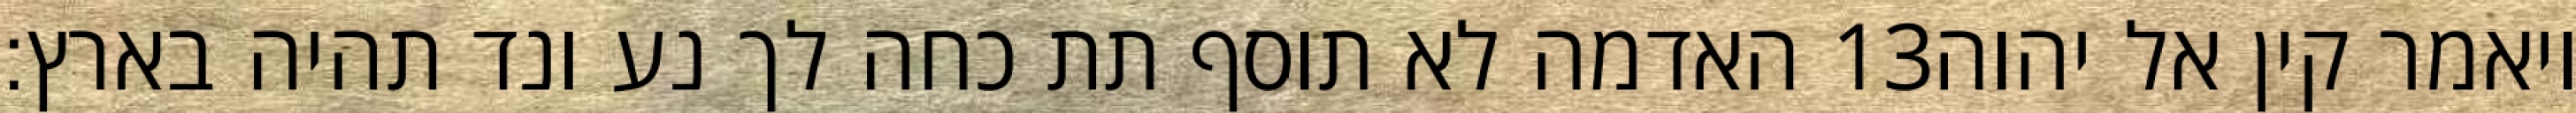
האדמה לא תוסף תת כחה לך נע ונד תהיה בארץ׃ ‎13‏ ויאמר קין אל יהוה